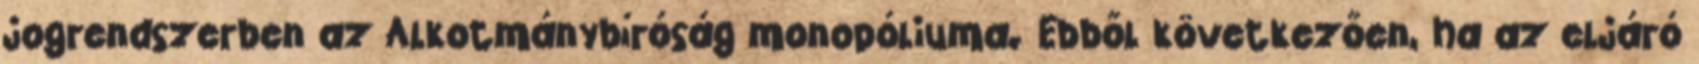
jogrendszerben az Alkotmánybíróság monopóliuma. Ebből következően, ha az eljáró